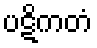
ပဋိကတံ